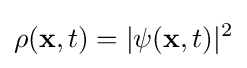
\rho (\mathbf {x} ,t)=|\psi (\mathbf {x} ,t)|^{2}